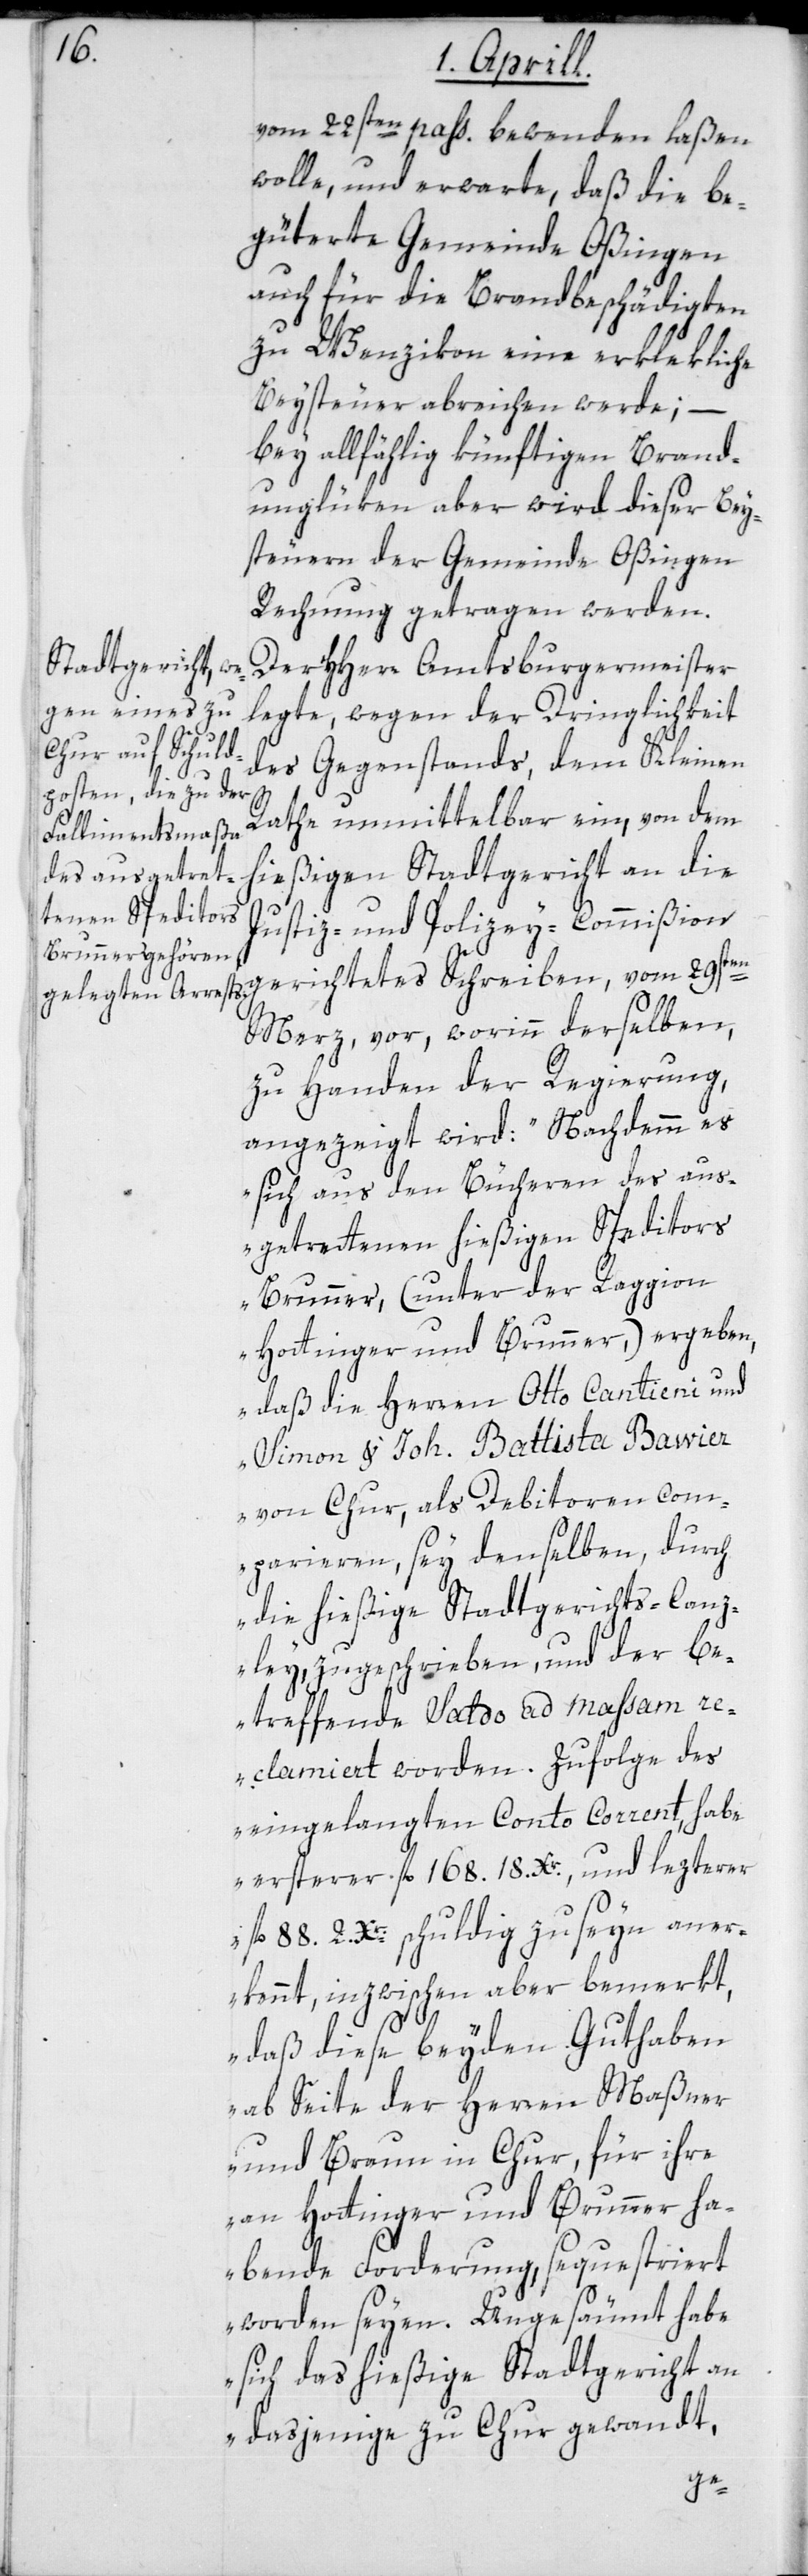
vom 22sten pass. bewenden laßen
wolle, und erwarte, daß die be¬
güterte Gemeinde Oßingen
auch für die Brandbeschädigten
zu Wenzikon eine erklekliche
Beysteuer abreichen werde; –
bey allfählig künftigen Brand¬
unglüken aber wird dieser Bey¬
steuern der Gemeinde Oßingen
Rechnung getragen werden.
Der HHerr Amtsburgermeister
legte, wegen der Dringlichkeit
des Gegenstands, dem Kleinen
Rathe unmittelbar ein, von dem
hießigen Stadtgericht an die
Justiz- und Polizey-Commißion
gerichtetes Schreiben,vom 29sten
Merz, vor, worinn derselben
zu Handen der Regierung,
angezeigt wird: „Nachdemm es
sich aus den Büchern der aus¬
getrettenen hießigen Speditors
Brunner, (unter der Raggion
Hottinger und Brunner,) ergeben,
daß die Herren Otto Cantieni und
Simon & Joh. Battista Bawier
von Chur, als Debitoren com¬
parieren, sey denselben, durch
die hießige Stadtgerichts-Canz¬
ley zugeschrieben, und der be¬
treffende Saldo ad massam re¬
clamiert worden. Zufolge des
eingelangten Conto Corrent habe
ersterer fl. 168. 18. Xr., und lezterer
fl. 88. 2. Xr. schuldig zu seyn aner¬
kannt, inzwischen aber bemerkt,
daß diese beyden Guthaben
ab Seite der Herren Maßner
und Braun in Chur, für ihre
an Hottinger und Brunner ha¬
bende Forderung, sequestriert
worden seyen. Ungesäumt habe
sich das hießige Stadtgericht an
dasjenige zu Chur gewandt,